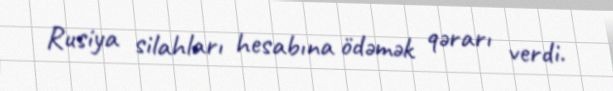
Rusiya silahları hesabına ödəmək qərarı verdi.